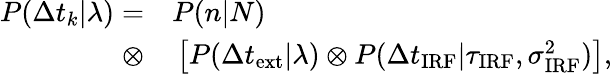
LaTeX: \begin{array}{rl}{P(\Delta t_{k}|\lambda)=}&{{}P(n|N)}\\ {\otimes}&{{}\left[P(\Delta t_{\mathrm{ext}}|\lambda)\otimes P(\Delta t_{\mathrm{IRF}}|\tau_{\mathrm{IRF}},\sigma_{\mathrm{IRF}}^{2})\right],}\end{array}